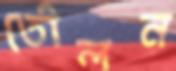
তৌলন